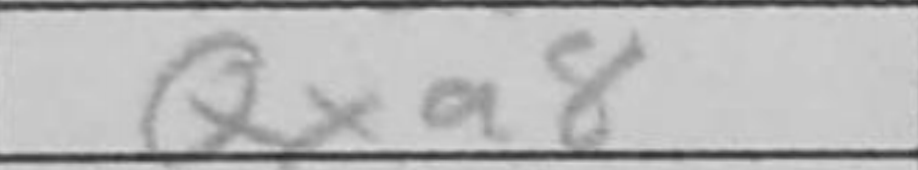
Transcription: Qxa8